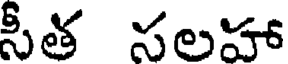
సీత సలహా